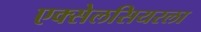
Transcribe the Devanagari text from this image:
एक्सेलसियरला